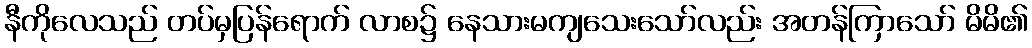
နီကိုလေသည် တပ်မှပြန်ရောက် လာစ၌ နေသားမကျသေးသော်လည်း အတန်ကြာသော် မိမိ၏